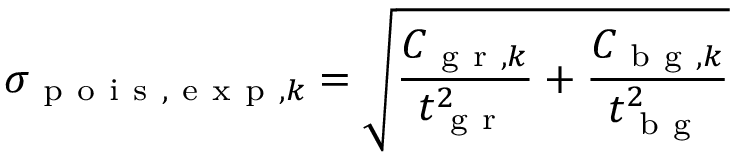
\sigma _ { \mathrm { ~ p ~ o ~ i ~ s ~ } , \mathrm { ~ e ~ x ~ p ~ } , k } = \sqrt { \frac { C _ { \mathrm { ~ g ~ r ~ } , k } } { t _ { \mathrm { ~ g ~ r ~ } } ^ { 2 } } + \frac { C _ { \mathrm { ~ b ~ g ~ } , k } } { t _ { \mathrm { ~ b ~ g ~ } } ^ { 2 } } }